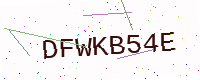
Text: DFWKB54E